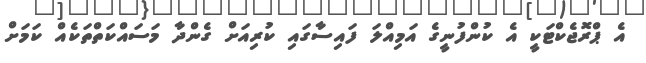
އެ ޕްރޮޖެކްޓަކީ އެ ކުންފުނީގެ އަމިއްލަ ފައިސާގައި ކުރިއަށް ގެންދާ މަސައްކަތްތަކެއް ކަމަށް